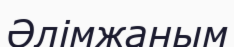
Әлімжаным